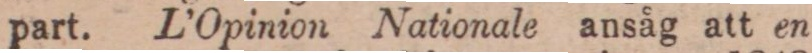
part. L’Opinion Nationale ansåg att en